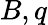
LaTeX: B,q